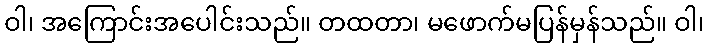
ဝါ၊ အကြောင်းအပေါင်းသည်။ တထတာ၊ မဖောက်မပြန်မှန်သည်။ ဝါ၊